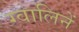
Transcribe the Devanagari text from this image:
ग्वालिनें